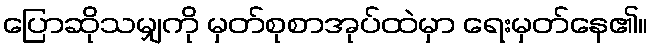
ပြောဆိုသမျှကို မှတ်စုစာအုပ်ထဲမှာ ရေးမှတ်နေ၏။